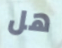
هل